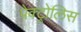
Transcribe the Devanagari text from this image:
पेक्ट्रोलिस